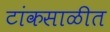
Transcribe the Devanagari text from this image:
टांकसाळीत